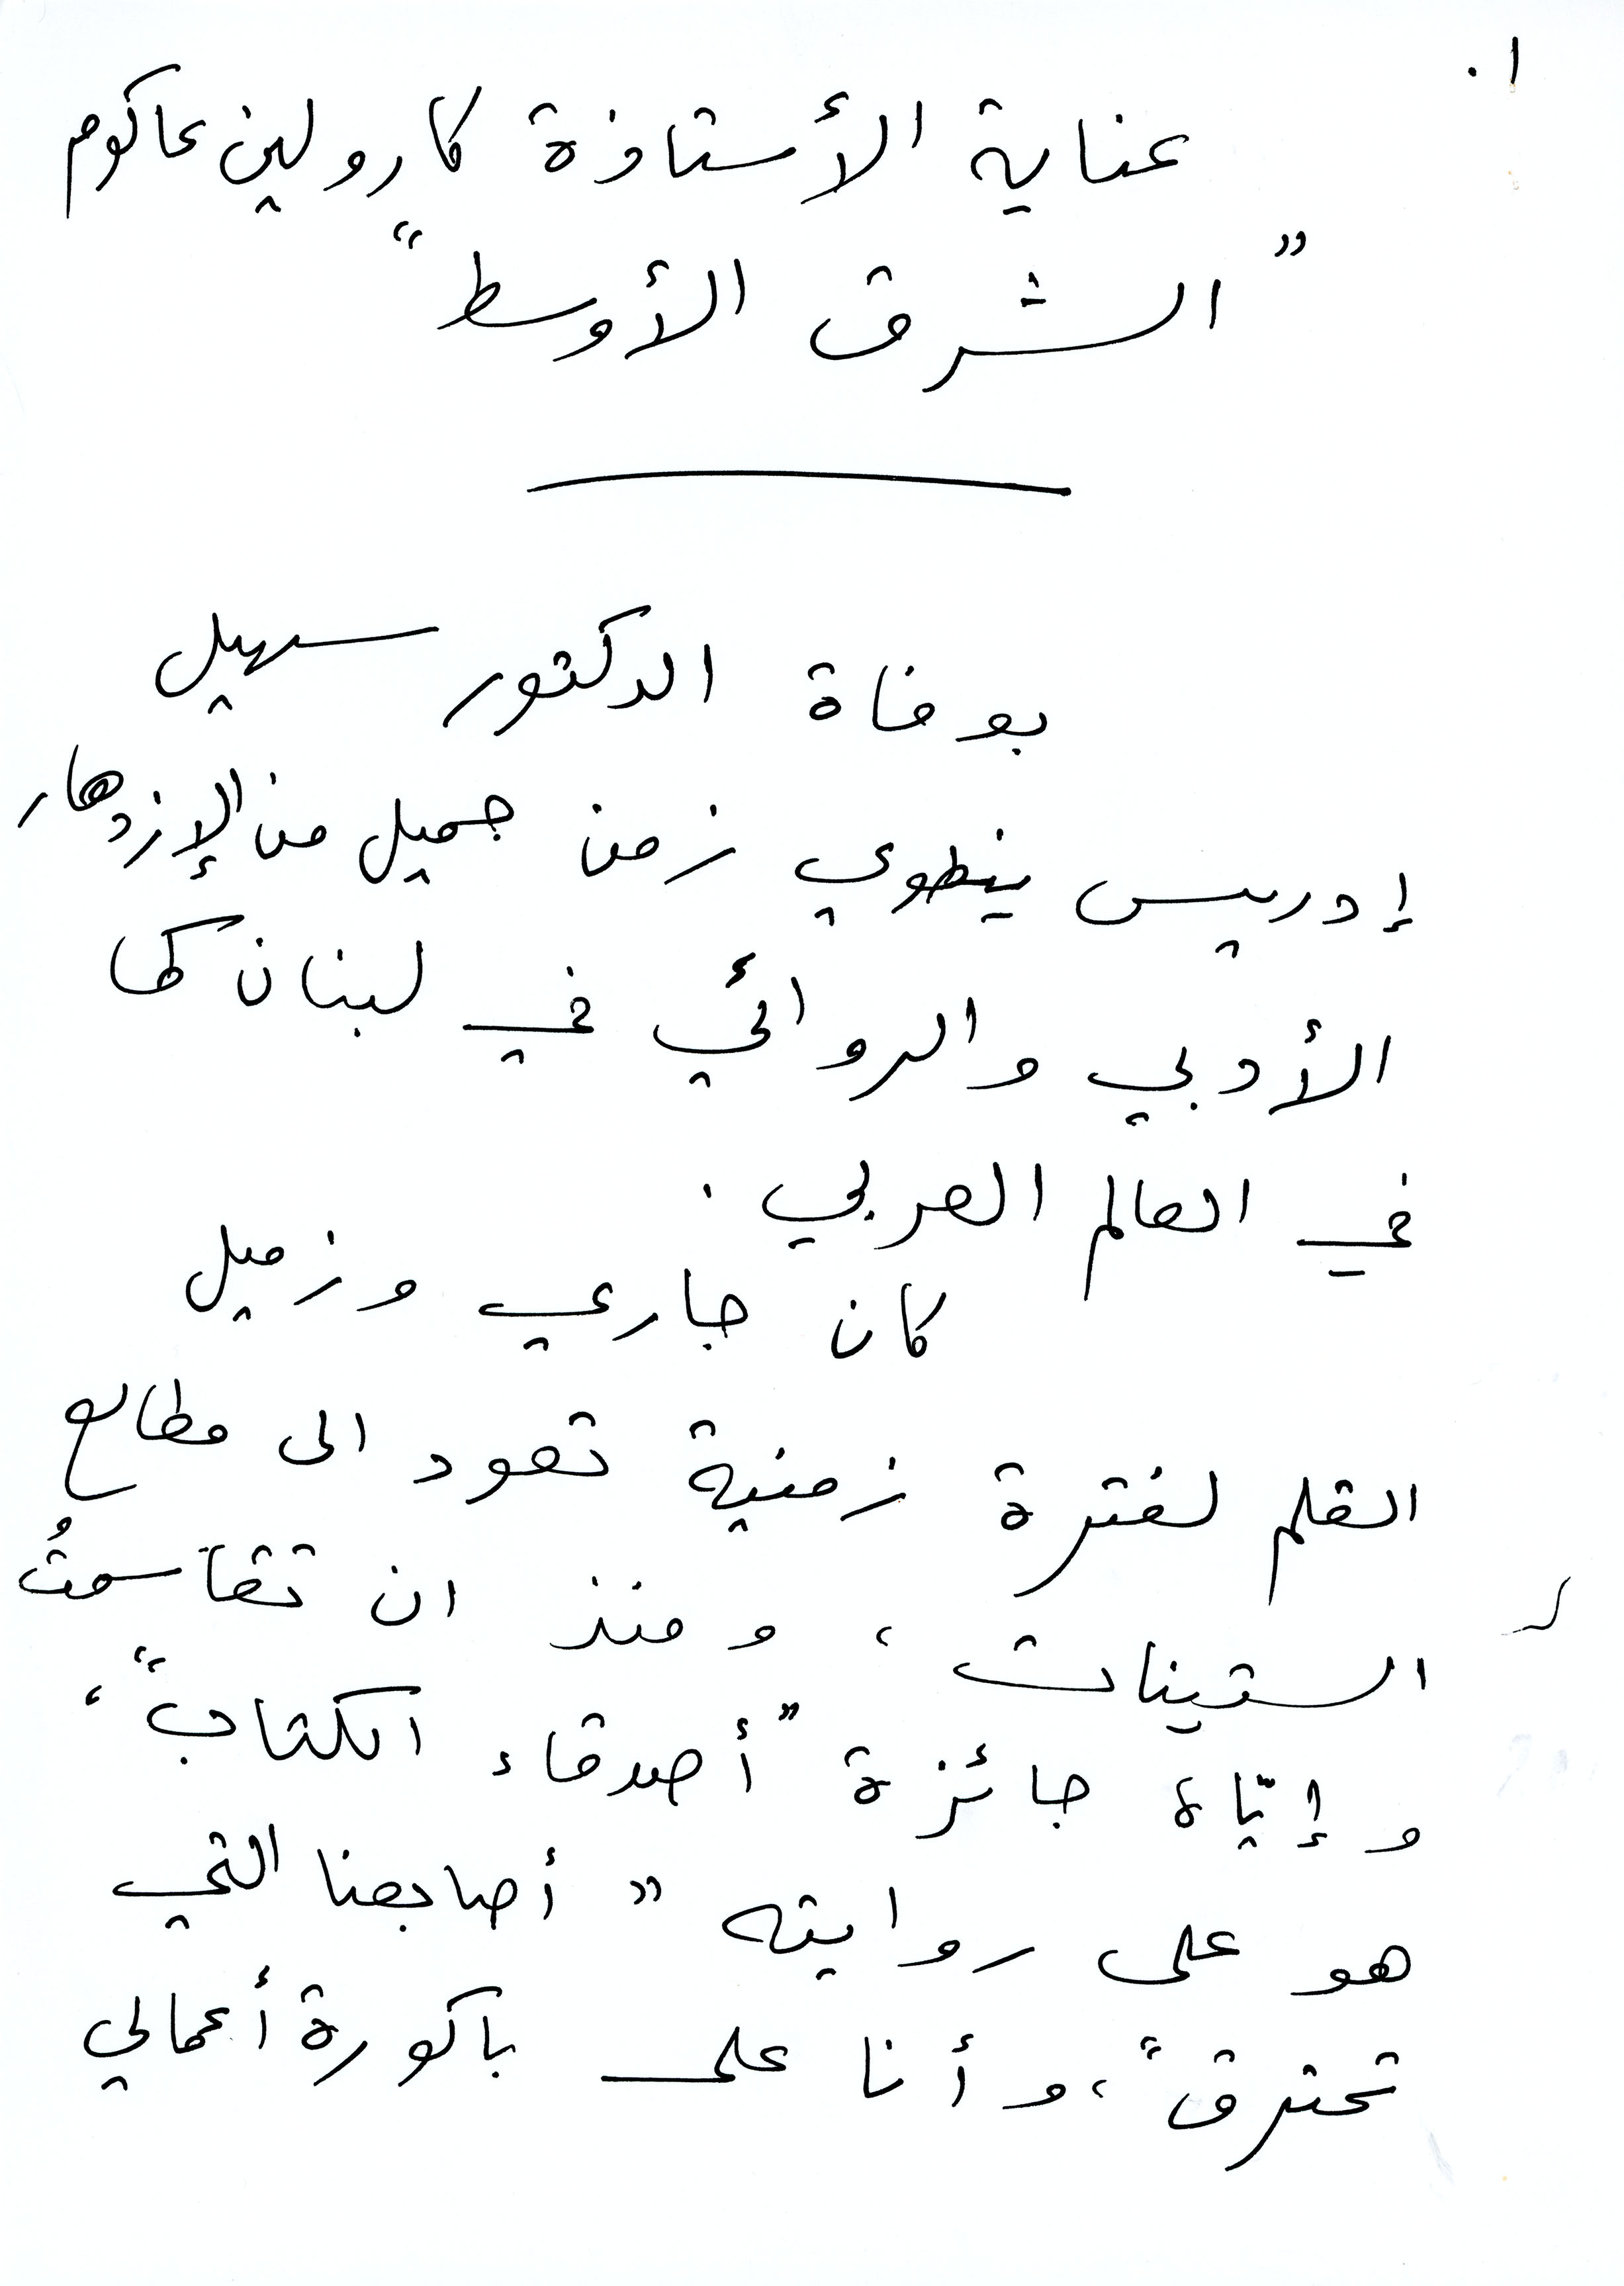
عناية الأستاذة كارولين عاكوم
"الشرق الأوسط"
بوافة سهيل
إدريس ينطوس زمن جميل من الإزدهار
الأدبي والروائي في لبنان كما
في العالم العربي.
كان جاري وزميل
القلم لفترة زمنية تعود إلى مطالع
الستينات، ومنذ ان تقاسمتُ
وإيَّاه جائزة "أصدقاء الكتاب"،
هو على روايته "أصابعنا التي
تحترق"، وأنا على باكورة أعمالي